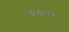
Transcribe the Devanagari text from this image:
बेवाटर